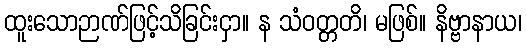
ထူးသောဉာဏ်ဖြင့်သိခြင်းငှာ။ န သံဝတ္တတိ၊ မဖြစ်။ နိဗ္ဗာနာယ၊